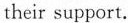
their support.